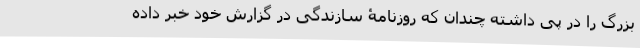
بزرگ را در پی داشته چندان که روزنامۀ سازندگی در گزارش خود خبر داده